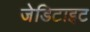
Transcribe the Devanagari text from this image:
जेडिटाइट